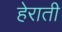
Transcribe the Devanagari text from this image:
हेराती